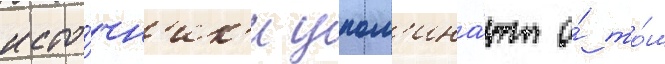
исто́чн'ик'и упом'ина́ют о́ то́м